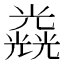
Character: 𠓉